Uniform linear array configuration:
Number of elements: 16
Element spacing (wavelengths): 0.25
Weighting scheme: binomial
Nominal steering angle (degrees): -60
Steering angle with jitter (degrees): -60.269
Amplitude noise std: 0.05
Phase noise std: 0.05

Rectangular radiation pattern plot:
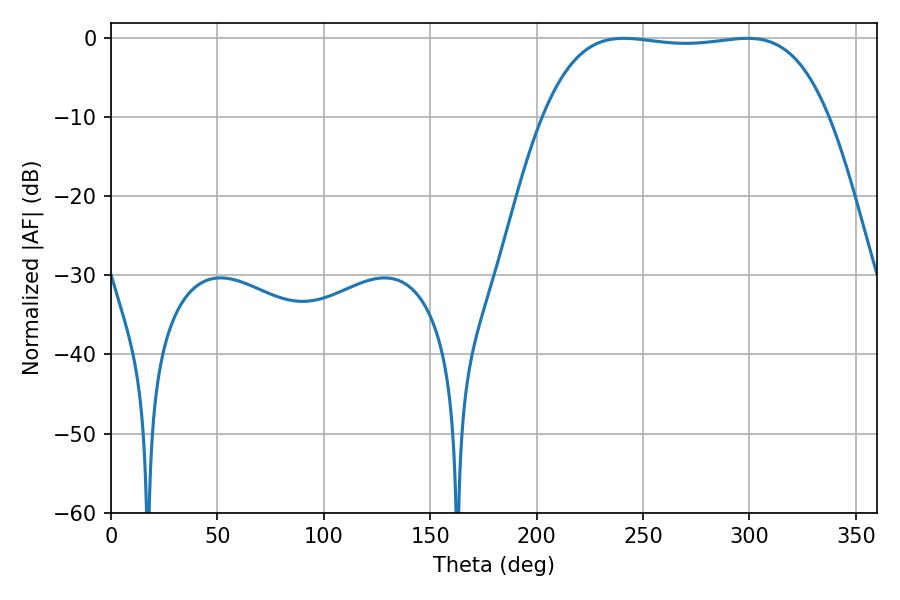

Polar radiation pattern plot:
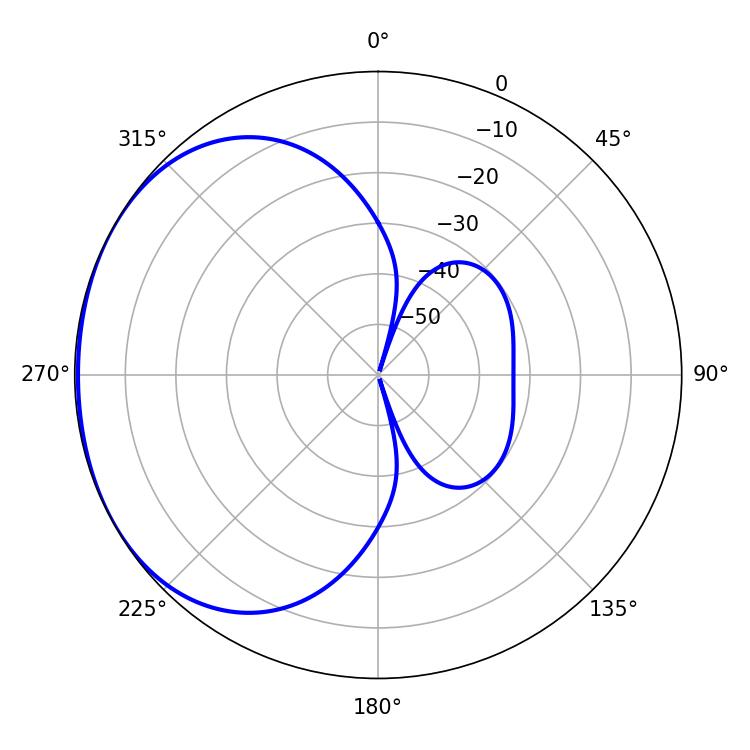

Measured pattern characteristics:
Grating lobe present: FALSE
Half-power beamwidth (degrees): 105.84
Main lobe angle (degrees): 241.02